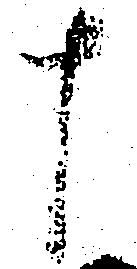
十